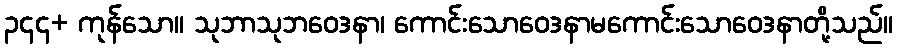
၃၄၄+ ကုန်သော။ သုဘာသုဘဝေဒနာ၊ ကောင်းသောဝေဒနာမကောင်းသောဝေဒနာတို့သည်။